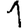
Digit: 1